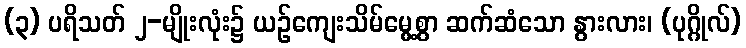
(၃) ပရိသတ် ၂-မျိုးလုံး၌ ယဉ်ကျေးသိမ်မွေ့စွာ ဆက်ဆံသော နွားလား၊ (ပုဂ္ဂိုလ်)